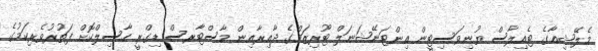
މެލޭޝިއާގެ ޓެއިލާސް ޔުނިވަސިޓީން އިންޓަނޭޝަނަލް ޓޫރިޒަމްގެ ދާއިރާއިން މާސްޓާރސް ޑިގްރީ ހާސިލްކޮށް ފަތުރުވެރިކަމުގެ